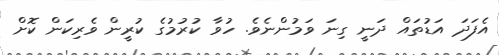
އެފަދަ އަޑުތައް ދަނީ ގިނަ ވަމުންނެވެ. ހުވާ ކުރުމުގެ ކުރީން ވެރިކަން ކޮށް